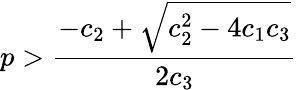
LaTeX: p>\frac{-c_{2}+\sqrt{c_{2}^{2}-4c_{1}c_{3}}}{2c_{3}}